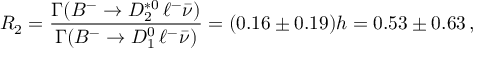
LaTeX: R _ { 2 } = \frac { \Gamma ( B ^ { - } \to D _ { 2 } ^ { * 0 } \, \ell ^ { - } \bar { \nu } ) } { \Gamma ( B ^ { - } \to D _ { 1 } ^ { 0 } \, \ell ^ { - } \bar { \nu } ) } = ( 0 . 1 6 \pm 0 . 1 9 ) h = 0 . 5 3 \pm 0 . 6 3 \, ,